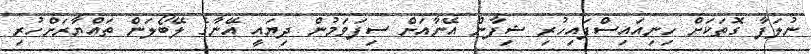
ނުލަފާ ގޮތަކަށް ހިނިއައިސްފައިހުރި ޝިފާން އޭނާއަށް ސިފަވަމުން ދިޔައީ އޭނާގެ ލޭބޯލަން ތައްޔާރަށްހުރި